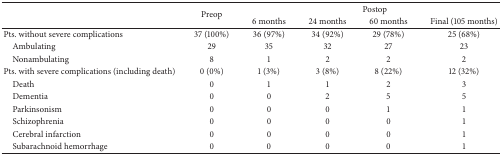
|  | <ROWSPAN=2> Preop | <COLSPAN=4> Postop |
 |  | 6 months | 24 months | 60 months | Final (105 months) |
 | --- | --- | --- | --- | --- | --- |
 | Pts. without severe complications | 37 (100%) | 36 (97%) | 34 (92%) | 29 (78%) | 25 (68%) |
 | Ambulating | 29 | 35 | 32 | 27 | 23 |
 | Nonambulating | 8 | 1 | 2 | 2 | 2 |
 | Pts. with severe complications (including death) | 0 (0%) | 1 (3%) | 3 (8%) | 8 (22%) | 12 (32%) |
 | Death | 0 | 1 | 1 | 2 | 3 |
 | Dementia | 0 | 0 | 2 | 5 | 5 |
 | Parkinsonism | 0 | 0 | 0 | 1 | 1 |
 | Schizophrenia | 0 | 0 | 0 | 0 | 1 |
 | Cerebral infarction | 0 | 0 | 0 | 0 | 1 |
 | Subarachnoid hemorrhage | 0 | 0 | 0 | 0 | 1 |